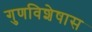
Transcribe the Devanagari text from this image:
गुणविशेषास